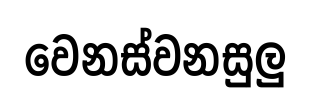
වෙනස්වනසුලු